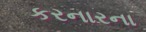
કરનારના